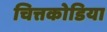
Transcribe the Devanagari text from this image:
चित्तकोडिया